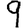
Digit: 9